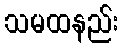
သမထနည်း